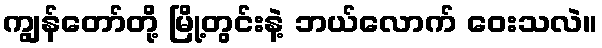
ကျွန်တော်တို့ မြို့တွင်းနဲ့ ဘယ်လောက် ဝေးသလဲ။